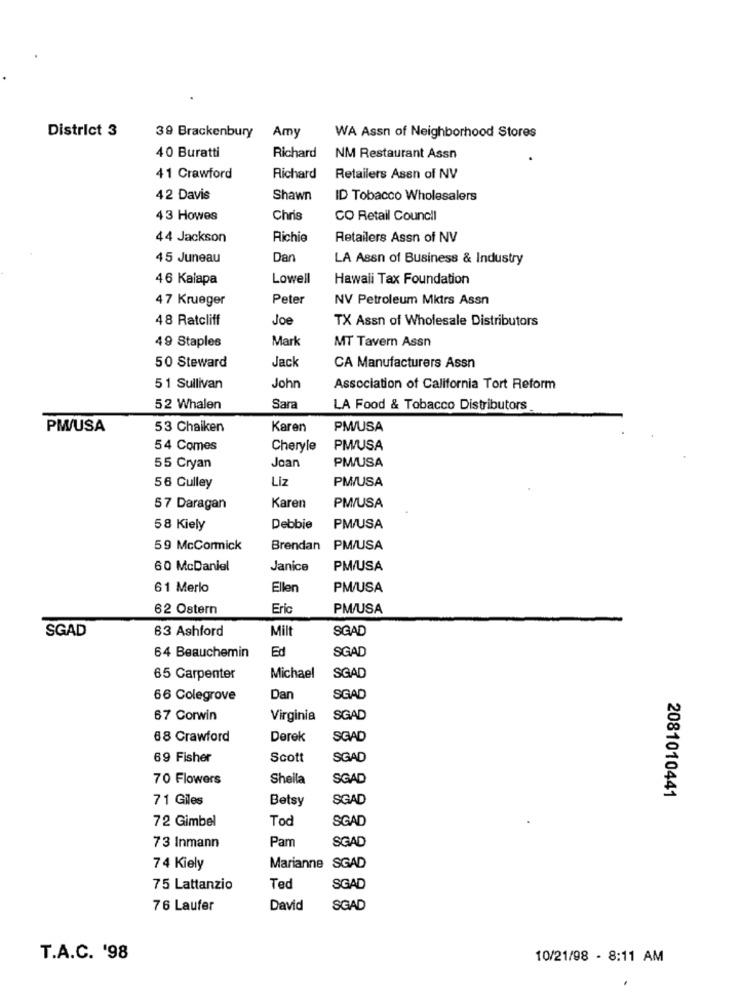
District 3
39 Brackenbury
Amy
WA Assn of Neighborhood Stores
40 Buratti
Richard
NM Restaurant Assn
41 Crawford
Richard
Retailers Assn of NV
42 Davis
Shawn
ID Tobacco Wholesalers
43 Howes
Chris
CO Retail Council
44 Jackson
Richie
Retailers Assn of NV
45 Juneau
Dan
LA Assn of Business & Industry
46 Kalapa
Lowell
Hawaii Tax Foundation
47 Krueger
Peter
NV Petroleum Mktrs Assn
48 Ratcliff
Joe
TX Assn of Wholesale Distributors
49 Staples
Mark
MT Tavern Assn
50 Steward
Jack
CA Manufacturers Assn
51 Sullivan
John
Association of California Tort Reform
52 Whalen
Sara
LA Food & Tobacco Distributors
PWWUSA
53 Chaiken
Karen
PMW/USA
54 Comes
Cheryle
PM/USA
PM/USA
55 Cryan
Joan
Liz
PMWUSA
56 Culley
57 Daragan
Karen
PM/USA
58 Kiely
Debbie
PM/USA
59 McCormick
Brendan
PM/USA
60 McDaniel
Janice
PM/USA
61 Merlo
Ellen
PM/USA
62 Ostern
Eric
PM/USA
SGAD
63 Ashford
Milt
SGAD
Ed
SGAD
64 Beauchemin
65 Carpenter
Michael
SGAD
66 Colegrove
Dan
SGAD
67 Corwin
Virginia
SGAD
68 Crawford
Derek
SGAD
69 Fisher
Scott
SGAD
70 Flowers
Sheila
SGAD
2081010441
71 Giles
Betsy
SGAD
72 Gimbel
Tod
SGAD
73 Inmann
Pam
SGAD
74 Kiely
Marianne SGAD
75 Lattanzio
Ted
SGAD
76 Laufer
David
SGAD
T.A.C. '98
10/21/98 - 8:11 AM